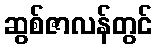
ဆွစ်ဇာလန်တွင်